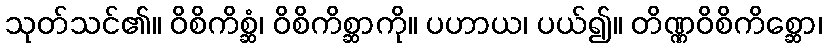
သုတ်သင်၏။ ဝိစိကိစ္ဆံ၊ ဝိစိကိစ္ဆာကို။ ပဟာယ၊ ပယ်၍။ တိဏ္ဏဝိစိကိစ္ဆော၊